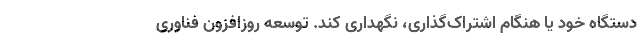
دستگاه خود یا هنگام اشتراک‌گذاری، نگهداری کند. توسعه روزافزون فناوری